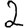
Digit: 2